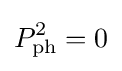
P_{\text{ph}}^{2}=0